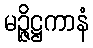
မဉ္ဇိဋ္ဌကာနံ